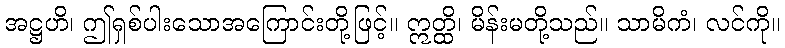
အဋ္ဌဟိ၊ ဤရှစ်ပါးသောအကြောင်းတို့ဖြင့်။ ဣတ္ထိ၊ မိန်းမတို့သည်။ သာမိကံ၊ လင်ကို။